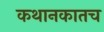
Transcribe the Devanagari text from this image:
कथानकातच